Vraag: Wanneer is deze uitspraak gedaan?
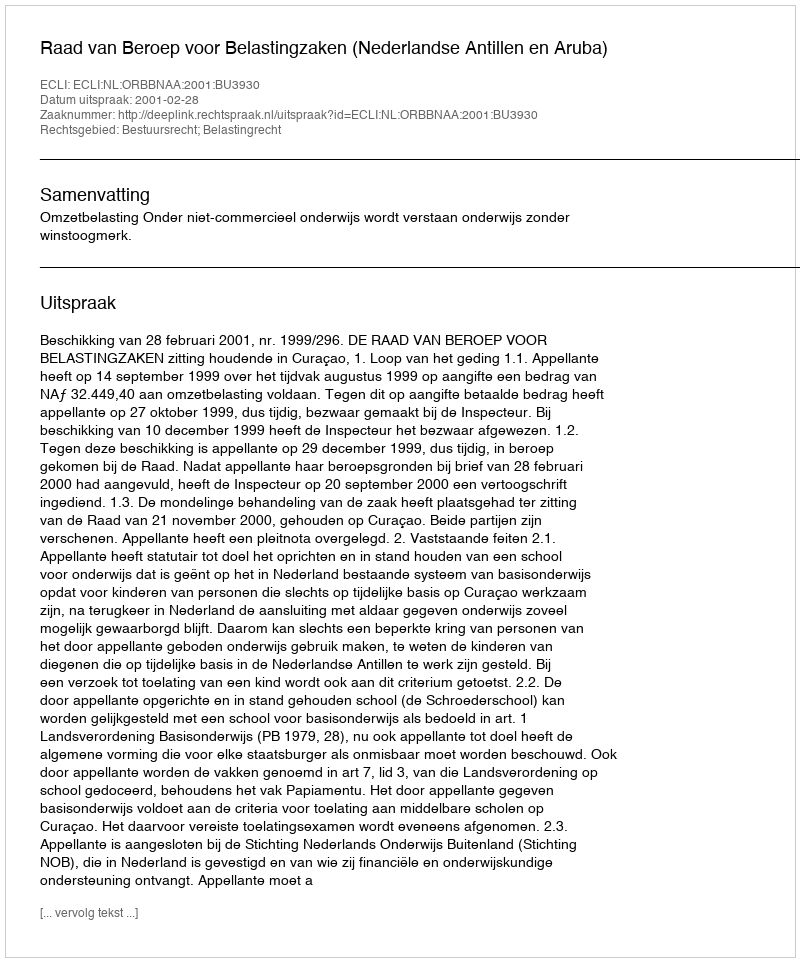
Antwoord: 2001-02-28